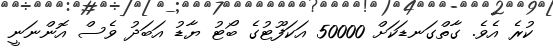
ކުރެ އެވެ. ގާތްގަނޑަކަށް 50000 އަކަފޫޓުގެ ބޯޓު ޔާޑު އަބަދު ވެސް އޮންނަނީ